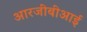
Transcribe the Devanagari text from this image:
आरजीबीआई